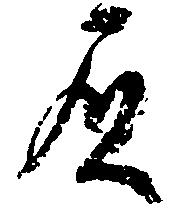
負